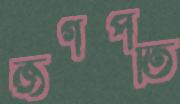
জগত্পতি